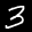
Label: 3